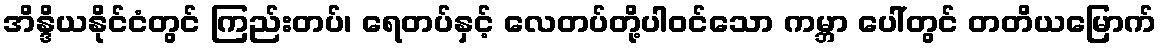
အိန္ဒိယနိုင်ငံတွင် ကြည်းတပ်၊ ရေတပ်နှင့် လေတပ်တို့ပါဝင်သော ကမ္ဘာ ပေါ်တွင် တတိယမြောက်